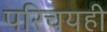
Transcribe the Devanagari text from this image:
परिचयही